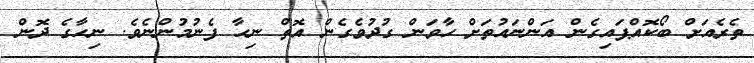
ތެރެއަށް ބޯކޮއްޕައިގެން އަންނައުތަށް ހާވަން ގުދުވެގެން އޮތް ނިހާ ފެނުމުންނެވެ. ނިހާގެ ދޮން